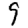
Digit: 9